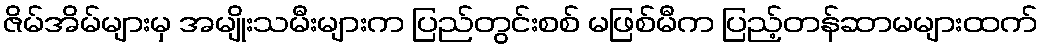
ဇိမ်အိမ်များမှ အမျိုးသမီးများက ပြည်တွင်းစစ် မဖြစ်မီက ပြည့်တန်ဆာမများထက်